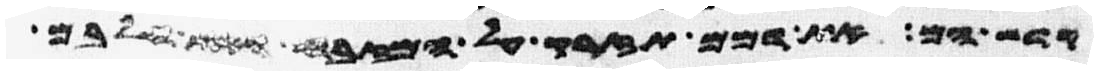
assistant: קדש הם את דמם תזרק על המזבח ואת חלבם